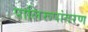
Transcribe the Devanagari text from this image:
पालिरूपांतरण